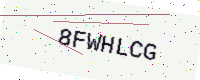
Text: 8FWHLCG